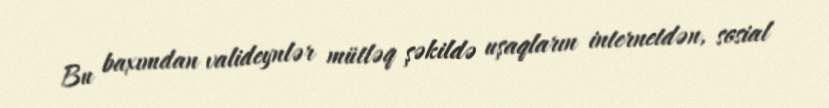
Bu baxımdan valideynlər mütləq şəkildə uşaqların internetdən, sosial